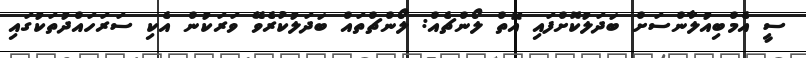
ސީ އެމްބިއުލާންސަށް ބަދަލުކޮށްފައި އޮތް ލޯންޗެއް: ލޯންޗްތައް ބަދަލުކުރެވޭ ވަރަކުން އެކި ސަރަހައްދުތަކުގައި